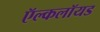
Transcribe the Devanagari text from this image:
ऍल्कलॉयड